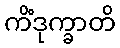
ကိံဒုက္ခာတိ